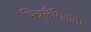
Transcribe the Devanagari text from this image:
भिन्नलैंगिकता